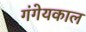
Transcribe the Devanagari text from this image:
गंगेयकाल